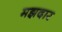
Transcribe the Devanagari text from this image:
मझदार